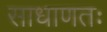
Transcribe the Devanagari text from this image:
साधाणतः